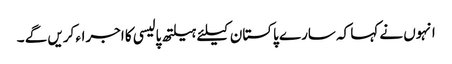
انہوں نے کہا کہ سارے پاکستان کیلئے ہیلتھ پالیسی کا اجراء کریں گے ۔